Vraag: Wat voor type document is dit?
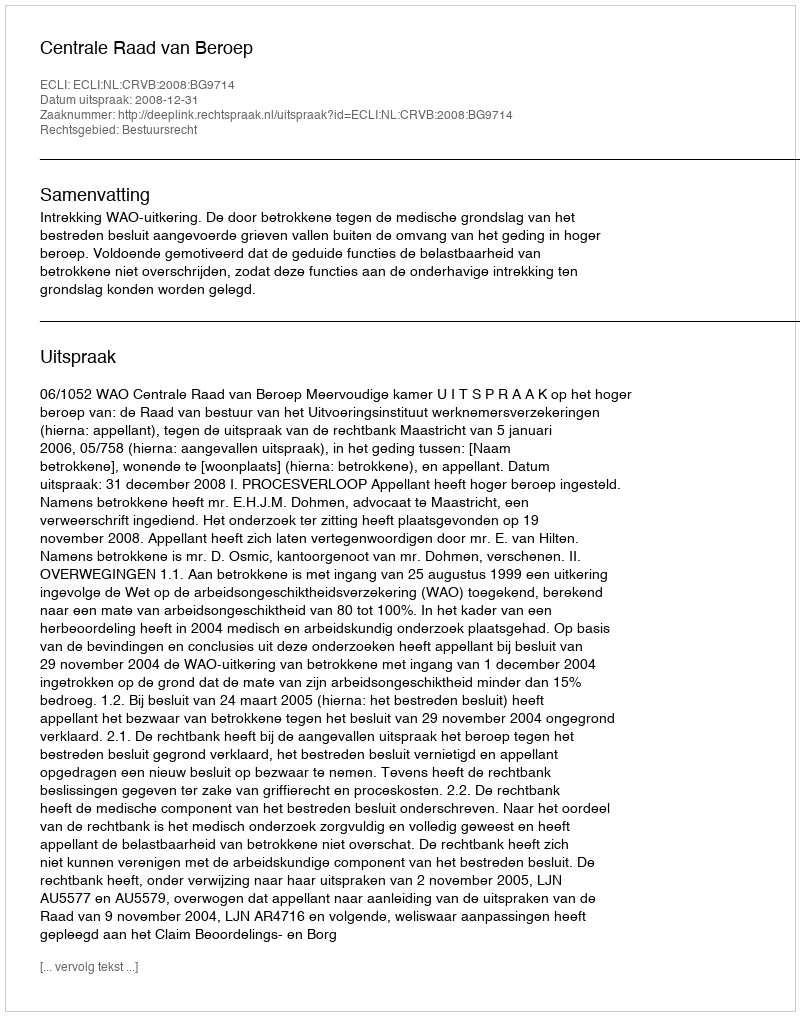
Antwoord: Uitspraak